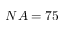
N A = 7 5